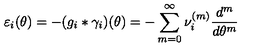
\varepsilon _ { i } ( \theta ) = - ( g _ { i } * \gamma _ { i } ) ( \theta ) = - \sum _ { m = 0 } ^ { \infty } \nu _ { i } ^ { ( m ) } \frac { d ^ { m } } { d \theta ^ { m } }